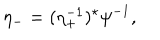
\eta _ { - } = ( \eta _ { + } ^ { - 1 } ) ^ { \star } \psi ^ { - 1 } ,